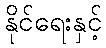
နိုင်ရေးနှင့်